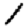
Digit: 1